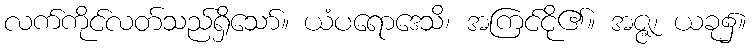
လက်ကိုင်လတ်သည်ရှိသော်။ ယံပရောဒေသိ၊ အကြင်ငို၏။ အဇ္ဇ၊ ယခု၌။